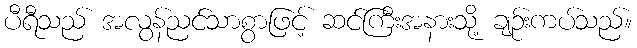
ပီရီသည် အလွန်ညင်သာစွာဖြင့် ဆင်ကြီးအနားသို့ ချဉ်းကပ်သည်။